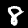
Digit: 8